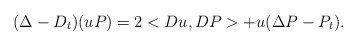
\begin{align*}(\Delta - D_t)(uP)= 2 <Du,DP> + u (\Delta P - P_{t}).\end{align*}